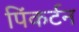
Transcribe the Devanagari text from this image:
पिंकर्टन